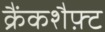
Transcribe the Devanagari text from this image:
क्रैंकशैफ़्ट